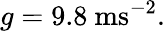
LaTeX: g=9.8\mathrm{\ ms^{-2}}.